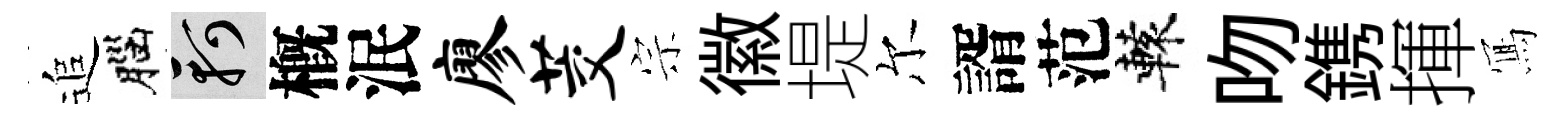
追腦軻槪泯廖茭宗徽堤尔諝范轅吻鎸揮𭂁